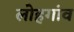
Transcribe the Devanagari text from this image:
लोहगांव